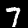
Label: 7